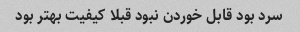
سرد بود قابل خوردن نبود قبلا کیفیت بهتر بود